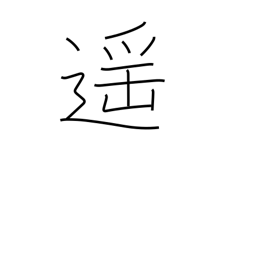
Meaning: far off